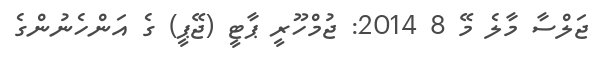
ޖަލްސާ މާލެ މޭ 8 2014: ޖުމްހޫރީ ޕާޓީ (ޖޭޕީ) ގެ އަންހެނުންގެ